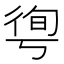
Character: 𢔐